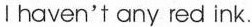
I haven't any red ink.